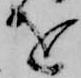
を